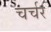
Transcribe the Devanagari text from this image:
चर्चर